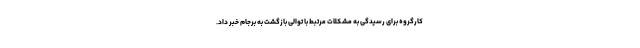
کارگروه برای رسیدگی به مشکلات مرتبط با توالی بازگشت به برجام خبر داد.